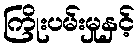
ကြိုးပမ်းမှုနှင့်